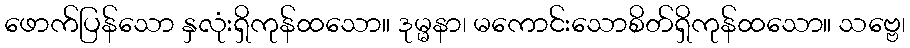
ဖောက်ပြန်သော နှလုံးရှိကုန်ထသော။ ဒုမ္မနာ၊ မကောင်းသောစိတ်ရှိကုန်ထသော။ သဗ္ဗေ၊